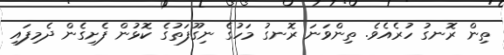
ތިން ރޮނގު ހުރެއެވެ. ތިންވަނަ ރޮނގު މަހުގެ ނިގޫފަތުގެ ކޮޅުން ފެށިގެން ދެމިފައި